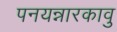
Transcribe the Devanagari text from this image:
पनयन्नारकावु